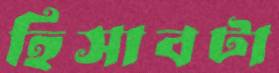
হিসাবটা